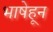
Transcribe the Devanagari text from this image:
भाषेहून